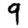
Digit: 9